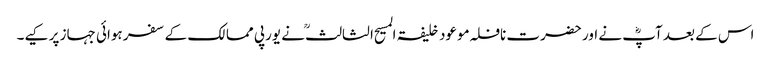
اس کے بعد آپؓ نے اور حضرت نافلہ موعود خلیفۃ المسیح الثالثؒ نے یورپی ممالک کے سفر ہوائی جہاز پر کیے۔